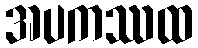
အပကဿထ